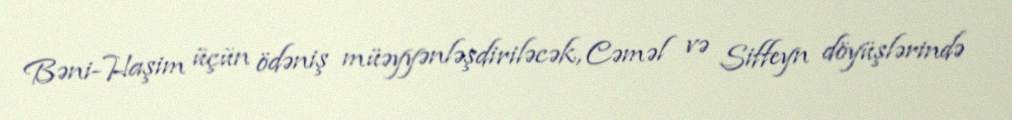
Bəni-Haşim üçün ödəniş müəyyənləşdiriləcək, Cəməl və Siffeyn döyüşlərində